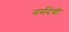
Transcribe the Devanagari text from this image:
नर्मदेची